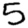
Digit: 5